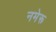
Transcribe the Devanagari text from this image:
नमेरू